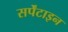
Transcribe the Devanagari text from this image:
सर्पेंटाइन